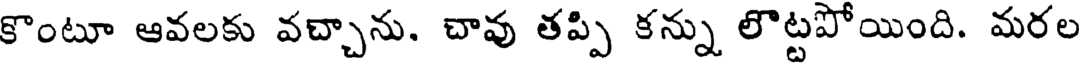
కొంటూ ఆవలకు వచ్చాను. చావు తప్పి కన్ను లొట్టపోయింది. మరల